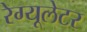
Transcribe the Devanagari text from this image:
रेग्यूलेटर